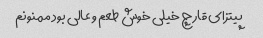
پیتزای قارچ خیلی خوش طعم و عالی بود ممنونم